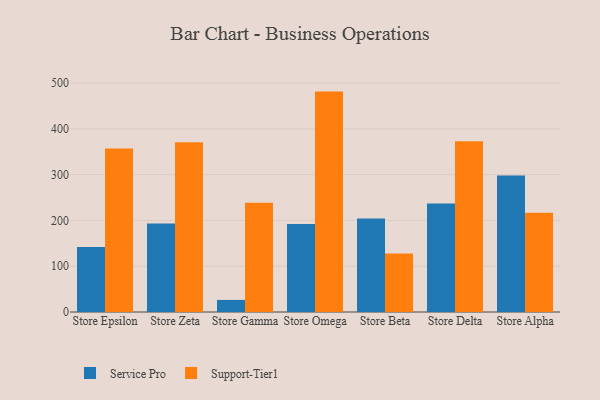
{"axis": {"x": "Store", "y": "LTV (USD)"}, "legend": ["Service Pro", "Support-Tier1"], "data": [{"x": "Store Epsilon", "y": 142.0, "type": "Service Pro"}, {"x": "Store Epsilon", "y": 357.1, "type": "Support-Tier1"}, {"x": "Store Zeta", "y": 193.6, "type": "Service Pro"}, {"x": "Store Zeta", "y": 371.1, "type": "Support-Tier1"}, {"x": "Store Gamma", "y": 26.4, "type": "Service Pro"}, {"x": "Store Gamma", "y": 238.6, "type": "Support-Tier1"}, {"x": "Store Omega", "y": 192.1, "type": "Service Pro"}, {"x": "Store Omega", "y": 481.5, "type": "Support-Tier1"}, {"x": "Store Beta", "y": 204.2, "type": "Service Pro"}, {"x": "Store Beta", "y": 127.6, "type": "Support-Tier1"}, {"x": "Store Delta", "y": 237.1, "type": "Service Pro"}, {"x": "Store Delta", "y": 373.3, "type": "Support-Tier1"}, {"x": "Store Alpha", "y": 298.1, "type": "Service Pro"}, {"x": "Store Alpha", "y": 217.1, "type": "Support-Tier1"}]}